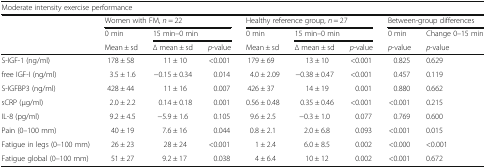
<table><thead><tr><td colspan="9"><b>Moderate intensity exercise performance</b></td></tr><tr><td></td><td colspan="3"><b>Women with FM, <i>n</i> = 22</b></td><td colspan="3"><b>Healthy reference group, <i>n</i> = 27</b></td><td colspan="2"><b>Between-group differences</b></td></tr><tr><td></td><td><b>0 min</b></td><td colspan="2"><b>15 min–0 min</b></td><td><b>0 min</b></td><td colspan="2"><b>15 min–0 min</b></td><td><b>0 min</b></td><td><b>Change 0–15 min</b></td></tr><tr><td></td><td><b>Mean ± sd</b></td><td><b>∆ mean ± sd</b></td><td><b><i>p</i>-value</b></td><td><b>Mean ± sd</b></td><td><b>∆ mean ± sd</b></td><td><b><i>p</i>-value</b></td><td><b><i>p</i>-value</b></td><td><b><i>p</i>-value</b></td></tr></thead><tbody><tr><td>S-IGF-1 (ng/ml)</td><td>178 ± 58</td><td>11 ± 10</td><td>&lt;0.001</td><td>179 ± 69</td><td>13 ± 10</td><td>&lt;0.001</td><td>0.825</td><td>0.629</td></tr><tr><td>free IGF-I (ng/ml)</td><td>3.5 ± 1.6</td><td>−0.15 ± 0.34</td><td>0.014</td><td>4.0 ± 2.09</td><td>−0.38 ± 0.47</td><td>&lt;0.001</td><td>0.457</td><td>0.119</td></tr><tr><td>S-IGFBP3 (ng/ml)</td><td>428 ± 44</td><td>11 ± 16</td><td>0.007</td><td>426 ± 37</td><td>14 ± 19</td><td>0.001</td><td>0.880</td><td>0.662</td></tr><tr><td>sCRP (μg/ml)</td><td>2.0 ± 2.2</td><td>0.14 ± 0.18</td><td>0.001</td><td>0.56 ± 0.48</td><td>0.35 ± 0.46</td><td>&lt;0.001</td><td>&lt;0.001</td><td>0.215</td></tr><tr><td>IL-8 (pg/ml)</td><td>9.2 ± 4.5</td><td>−5.9 ± 1.6</td><td>0.105</td><td>9.6 ± 2.5</td><td>−0.3 ± 1.0</td><td>0.077</td><td>0.769</td><td>0.600</td></tr><tr><td>Pain (0–100 mm)</td><td>40 ± 19</td><td>7.6 ± 16</td><td>0.044</td><td>0.8 ± 2.1</td><td>2.0 ± 6.8</td><td>0.093</td><td>&lt;0.001</td><td>0.015</td></tr><tr><td>Fatigue in legs (0–100 mm)</td><td>26 ± 23</td><td>28 ± 24</td><td>&lt;0.001</td><td>1 ± 2.4</td><td>6.0 ± 8.5</td><td>0.002</td><td>&lt;0.000</td><td>&lt;0.001</td></tr><tr><td>Fatigue global (0–100 mm)</td><td>51 ± 27</td><td>9.2 ± 17</td><td>0.038</td><td>4 ± 6.4</td><td>10 ± 12</td><td>0.002</td><td>&lt;0.001</td><td>0.672</td></tr></tbody></table>